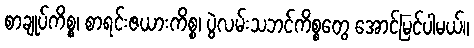
စာချုပ်ကိစ္စ၊ စာရင်းဇယားကိစ္စ၊ ပွဲလမ်းသဘင်ကိစ္စတွေ အောင်မြင်ပါမယ်။